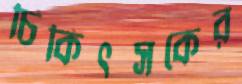
চিকিৎসকের